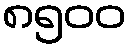
၈၅၀၀